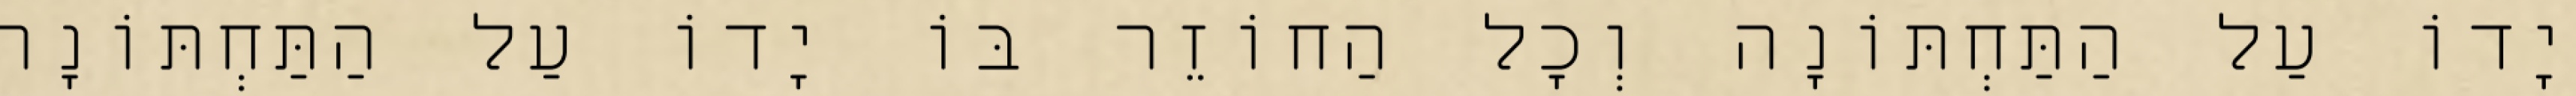
יָדוֹ עַל הַתַּחְתּוֹנָה וְכׇל הַחוֹזֵר בּוֹ יָדוֹ עַל הַתַּחְתּוֹנָה